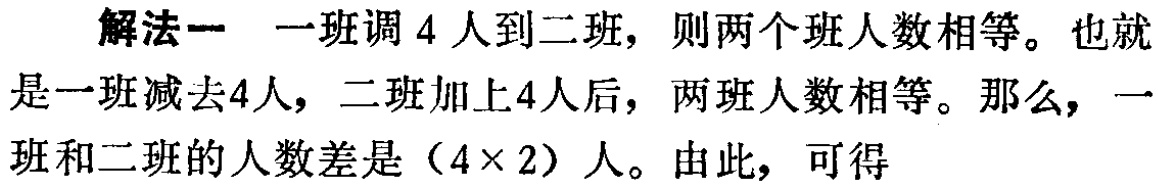
解法一 一班调 4 人到二班，则两个班人数相等。也就是一班减去4人，二班加上4人后，两班人数相等。那么，一班和二班的人数差是（4×2）人。由此，可得